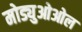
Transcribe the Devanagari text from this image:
मोड्युओओल